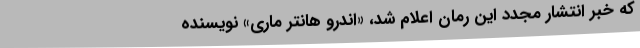
که خبر انتشار مجدد این رمان اعلام شد، «اندرو هانتر ماری»‌ نویسنده